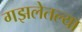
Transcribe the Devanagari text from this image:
गझलेतल्या